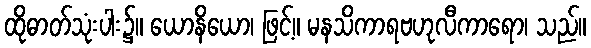
ထိုဓာတ်သုံးပါး၌။ ယောနိယော၊ ဖြင့်။ မနသိကာရဗဟုလီကာရော၊ သည်။